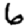
Digit: 6